Calcutta medical institutions reports 1879-81 [i.e.91]
Year: 1879
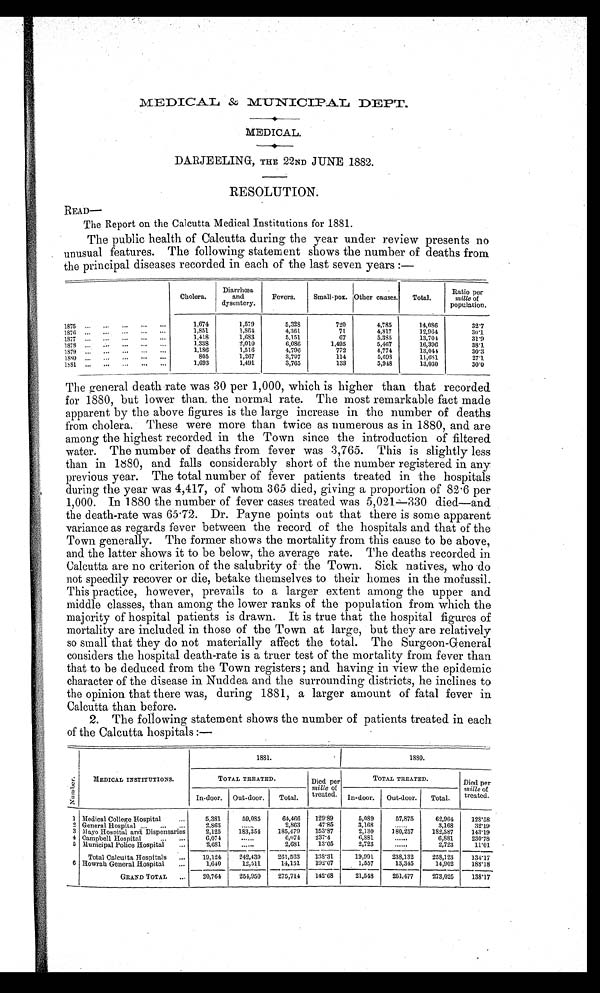
MEDICAL & MUNICIPAL DEPT.
MEDICAL.
DARJEELING, THE 22ND JUNE 1882.
RESOLUTION.
READ—
The Report on the Calcutta Medical Institutions for 1881.
The public health of Calcutta during the year under review presents no
unusual features. The following statement shows the number of deaths from
the principal diseases recorded in each of the last seven years :—
Cholera.
Diarrhoea
and
dysentery.
Fevers.
Small-pox. Other causes.
Total.
Ratio per
mille of
population.
1875
1,674
1,579
5,328
720
4,785
14,086
32.7
1876
1,851
1,864
4,361
71
4,817
12,964
30.1
1877
1,418
1,683
5,151
67
5,385
13,704
31.9
1878
1,338
2,010
6,086
1,495
5,467
16,396
38.1
1879
1,186
1,516
4,796
772
4,774
13,044
30.3
1880
805
1,267
3,797
114
5,698
11,681
27.1
1s81
1,693
1,491
3,765
133
5,948
13,030
30.0
The general death rate was 30 per 1,000, which is higher than that recorded
for 1880, but lower than, the normal rate. The most remarkable fact made
apparent by the above figures is the large increase in the number of deaths
from cholera. These were more than twice as numerous as in 1880, and are
among the highest recorded in the Town since the introduction of filtered
water. The number of deaths from fever was 3,765. This is slightly less
than in 1880, and falls considerably short of the number registered in any
previous year. The total number of fever patients treated in the hospitals
during the year was 4,417, of whom 365 died, giving a proportion of 82 . 6 per
1,000. In 1880 the number of fever cases treated was 5,021—330 died—and
the death-rate was 65 . 72. Dr. Payne points out that there is some apparent
variance as regards fever between the record of the hospitals and that of the
Town generally. The former shows the mortality from this cause to be above,
and the latter shows it to be below, the average rate. The deaths recorded in
Calcutta are no criterion of the salubrity of the Town. Sick natives, who do
not speedily recover or die, betake themselves to their homes in the mofussil.
This practice, however, prevails to a larger extent among the upper and
middle classes, than among the lower ranks of the population from which the
majority of hospital patients is drawn. It is true that the hospital figures of
mortality are included in those of the Town at large, but they are relatively
so small that they do not materially affect the total. The Surgeon-General
considers the hospital death-rate is a truer test of the mortality from fever than
that to be deduced from the Town registers ; and having in view the epidemic
character of the disease in Nuddea and the surrounding districts, he inclines to
the opinion that there was, during 1881, a larger amount of fatal fever in
Calcutta than before.
2. The following statement shows the number of patients treated in each
of the Calcutta hospitals:-
N u m b e r
MEDICAL INSTITUTIONS.
1881.
1880.
TOTAL TREATED.
Died per
mille of
treated.
TOTAL TREATED.
Died. per
mille of
treated.
In-door.
Outdoor.
Total.
Indoor.
Out-door.
Total.
1 Medical College Hospital
5,381
59,085
64,466
129.89
5,089
57,875
62,964
128.58
2 General Hospital
2,863
. . . . . .
2,863
47.85
3,168
......
3,168
32.19
3
m a y o H o s p i t a l a n d D i s p e n s a r i e s
2,125
183,354
185,479
153.87
2,130
180,257
182,387
143.19
4 Campbell Hospital
6,074
......
6,074
237.4
6,881
......
6,881
230.78
5
Municipal Police Hospital
2,681
......
2,681
13.05
2,723
......
2,723
11.01
Total Calcutta Hospitals
19,121
242,439
261,583
138.31
1 9 , 9 9 1
238,132
258,123
134.17
6 Howrah General Hospital
1,640
12,511
14,151
192.07
1,557
13,345
14,902
188.18
GRAND TOTAL
20,764
254,950
275,714
142.8
21,548
251,477
273,025
138.17